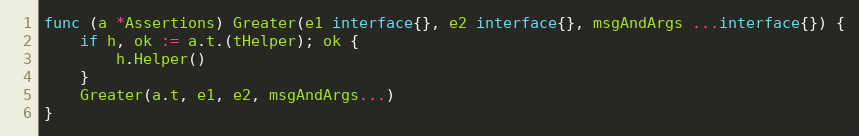
Language: Go
func (a *Assertions) Greater(e1 interface{}, e2 interface{}, msgAndArgs ...interface{}) {
	if h, ok := a.t.(tHelper); ok {
		h.Helper()
	}
	Greater(a.t, e1, e2, msgAndArgs...)
}